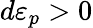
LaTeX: d\varepsilon_{p}>0